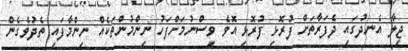
ޖިލާ އެނދުގައި ދެފަރާތަށް ފުރޮޅި ފުރޮޅި އޮވެ ވިސްނުމަށްފަހު ނިންމުންތަކެއް ނިންމާފައި ތެދުވެގެން